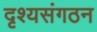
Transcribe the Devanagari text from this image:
दृश्यसंगठन